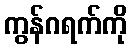
ကွန်ဂရက်ကို